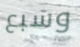
وسبع